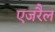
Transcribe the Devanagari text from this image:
एजरैल